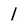
Character: 1